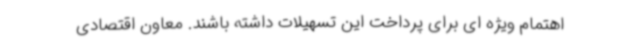
اهتمام ویژه ای برای پرداخت این تسهیلات داشته باشند. معاون اقتصادی